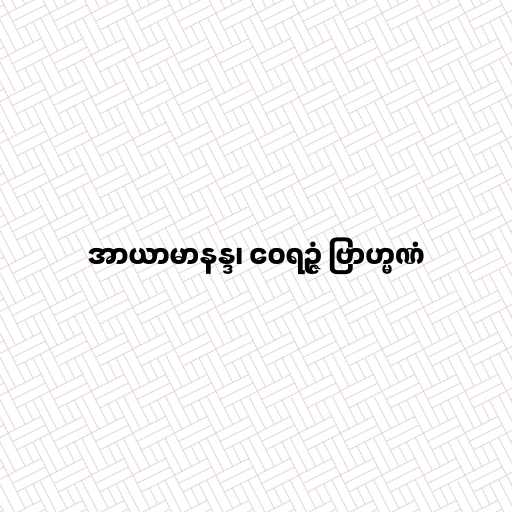
အာယာမာနန္ဒ၊ ဝေရဉ္ဇံ ဗြာဟ္မဏံ